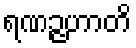
ရဏဉ္ဇဟာတိ